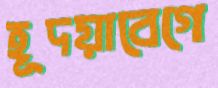
হূদয়াবেগে